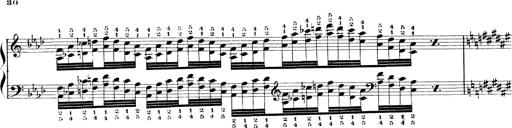
Title: Technische Studien
Composer: Franz Liszt